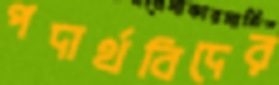
পদার্থবিদের